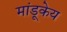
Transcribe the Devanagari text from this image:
मांडूकेय